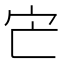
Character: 𡦽